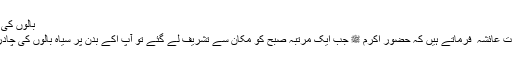
بالوں کی چادر:
حضرت عائشہ ؓ فرماتے ہیں کہ حضور اکرم ﷺ جب ایک مرتبہ صبح کو مکان سے تشریف لے گئے تو آپ اکے بدن پر سیاہ بالوں کی چادر تھی۔